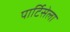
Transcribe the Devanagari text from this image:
पार्टिसेला